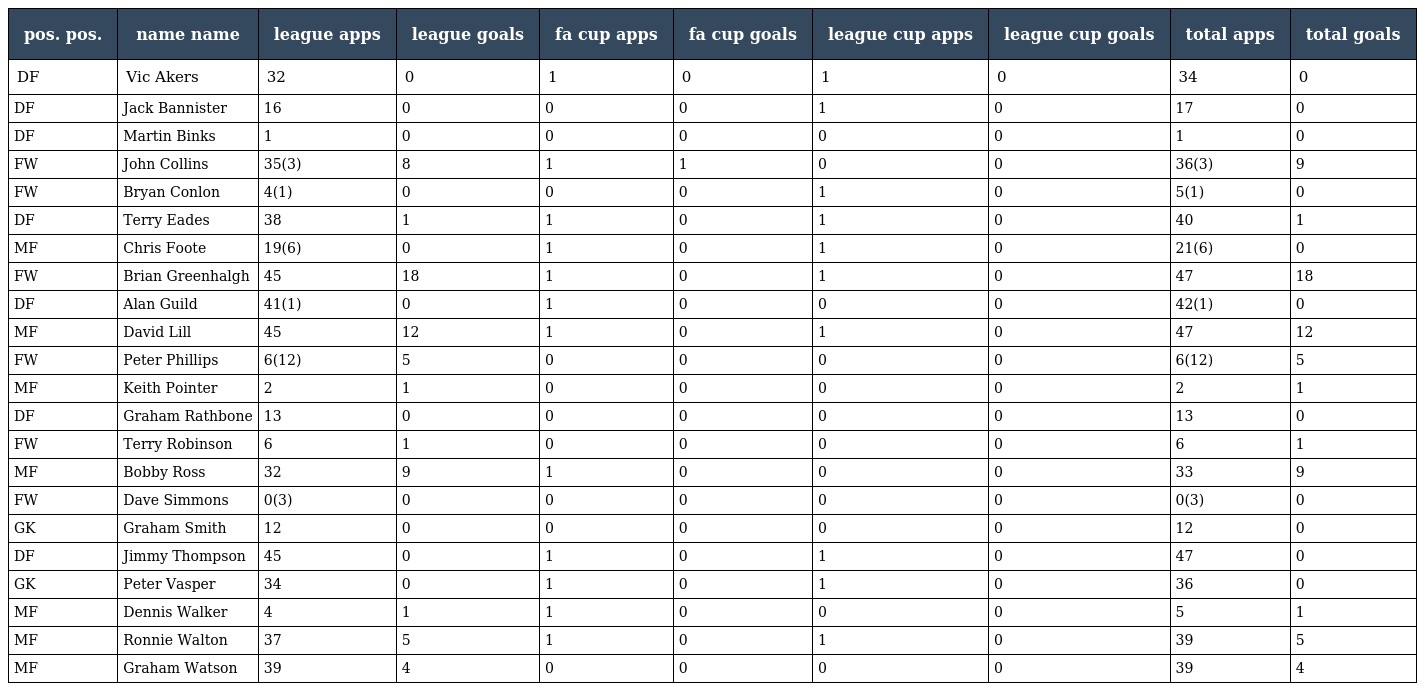
| pos. pos. | name name | league apps | league goals | fa cup apps | fa cup goals | league cup apps | league cup goals | total apps | total goals |
 | --- | --- | --- | --- | --- | --- | --- | --- | --- | --- |
 | DF | Vic Akers | 32 | 0 | 1 | 0 | 1 | 0 | 34 | 0 |
 | DF | Jack Bannister | 16 | 0 | 0 | 0 | 1 | 0 | 17 | 0 |
 | DF | Martin Binks | 1 | 0 | 0 | 0 | 0 | 0 | 1 | 0 |
 | FW | John Collins | 35(3) | 8 | 1 | 1 | 0 | 0 | 36(3) | 9 |
 | FW | Bryan Conlon | 4(1) | 0 | 0 | 0 | 1 | 0 | 5(1) | 0 |
 | DF | Terry Eades | 38 | 1 | 1 | 0 | 1 | 0 | 40 | 1 |
 | MF | Chris Foote | 19(6) | 0 | 1 | 0 | 1 | 0 | 21(6) | 0 |
 | FW | Brian Greenhalgh | 45 | 18 | 1 | 0 | 1 | 0 | 47 | 18 |
 | DF | Alan Guild | 41(1) | 0 | 1 | 0 | 0 | 0 | 42(1) | 0 |
 | MF | David Lill | 45 | 12 | 1 | 0 | 1 | 0 | 47 | 12 |
 | FW | Peter Phillips | 6(12) | 5 | 0 | 0 | 0 | 0 | 6(12) | 5 |
 | MF | Keith Pointer | 2 | 1 | 0 | 0 | 0 | 0 | 2 | 1 |
 | DF | Graham Rathbone | 13 | 0 | 0 | 0 | 0 | 0 | 13 | 0 |
 | FW | Terry Robinson | 6 | 1 | 0 | 0 | 0 | 0 | 6 | 1 |
 | MF | Bobby Ross | 32 | 9 | 1 | 0 | 0 | 0 | 33 | 9 |
 | FW | Dave Simmons | 0(3) | 0 | 0 | 0 | 0 | 0 | 0(3) | 0 |
 | GK | Graham Smith | 12 | 0 | 0 | 0 | 0 | 0 | 12 | 0 |
 | DF | Jimmy Thompson | 45 | 0 | 1 | 0 | 1 | 0 | 47 | 0 |
 | GK | Peter Vasper | 34 | 0 | 1 | 0 | 1 | 0 | 36 | 0 |
 | MF | Dennis Walker | 4 | 1 | 1 | 0 | 0 | 0 | 5 | 1 |
 | MF | Ronnie Walton | 37 | 5 | 1 | 0 | 1 | 0 | 39 | 5 |
 | MF | Graham Watson | 39 | 4 | 0 | 0 | 0 | 0 | 39 | 4 |